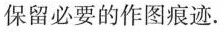
保留必要的作图痕迹。